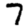
Digit: 7